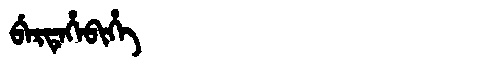
Manchu: ᠪᡝᡵᡨᡝᡥᡝᠪᡳᡥᡝ
Romanization: BERTEHEBIHE